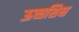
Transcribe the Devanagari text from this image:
ऊच्चशिक्ष